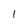
Character: 1